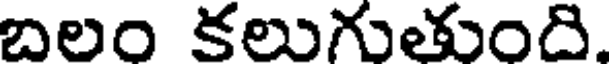
బలం కలుగుతుంది.